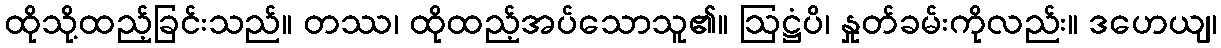
ထိုသို့ထည့်ခြင်းသည်။ တဿ၊ ထိုထည့်အပ်သောသူ၏။ ဩဋ္ဌံပိ၊ နှုတ်ခမ်းကိုလည်း။ ဒဟေယျ၊